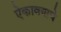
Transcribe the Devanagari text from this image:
ऐकावयाचे